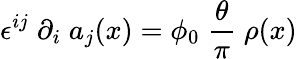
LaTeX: \epsilon^{ij}\; \partial_{i}\; a_{j}(x)=\phi_{0}\; \frac{\theta}{\pi}\; \rho(x)